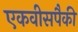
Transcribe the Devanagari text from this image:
एकवीसपैकी